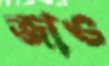
জাও